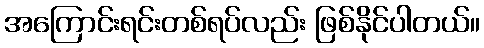
အကြောင်းရင်းတစ်ရပ်လည်း ဖြစ်နိုင်ပါတယ်။